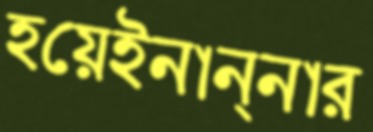
হয়েইনান্নার